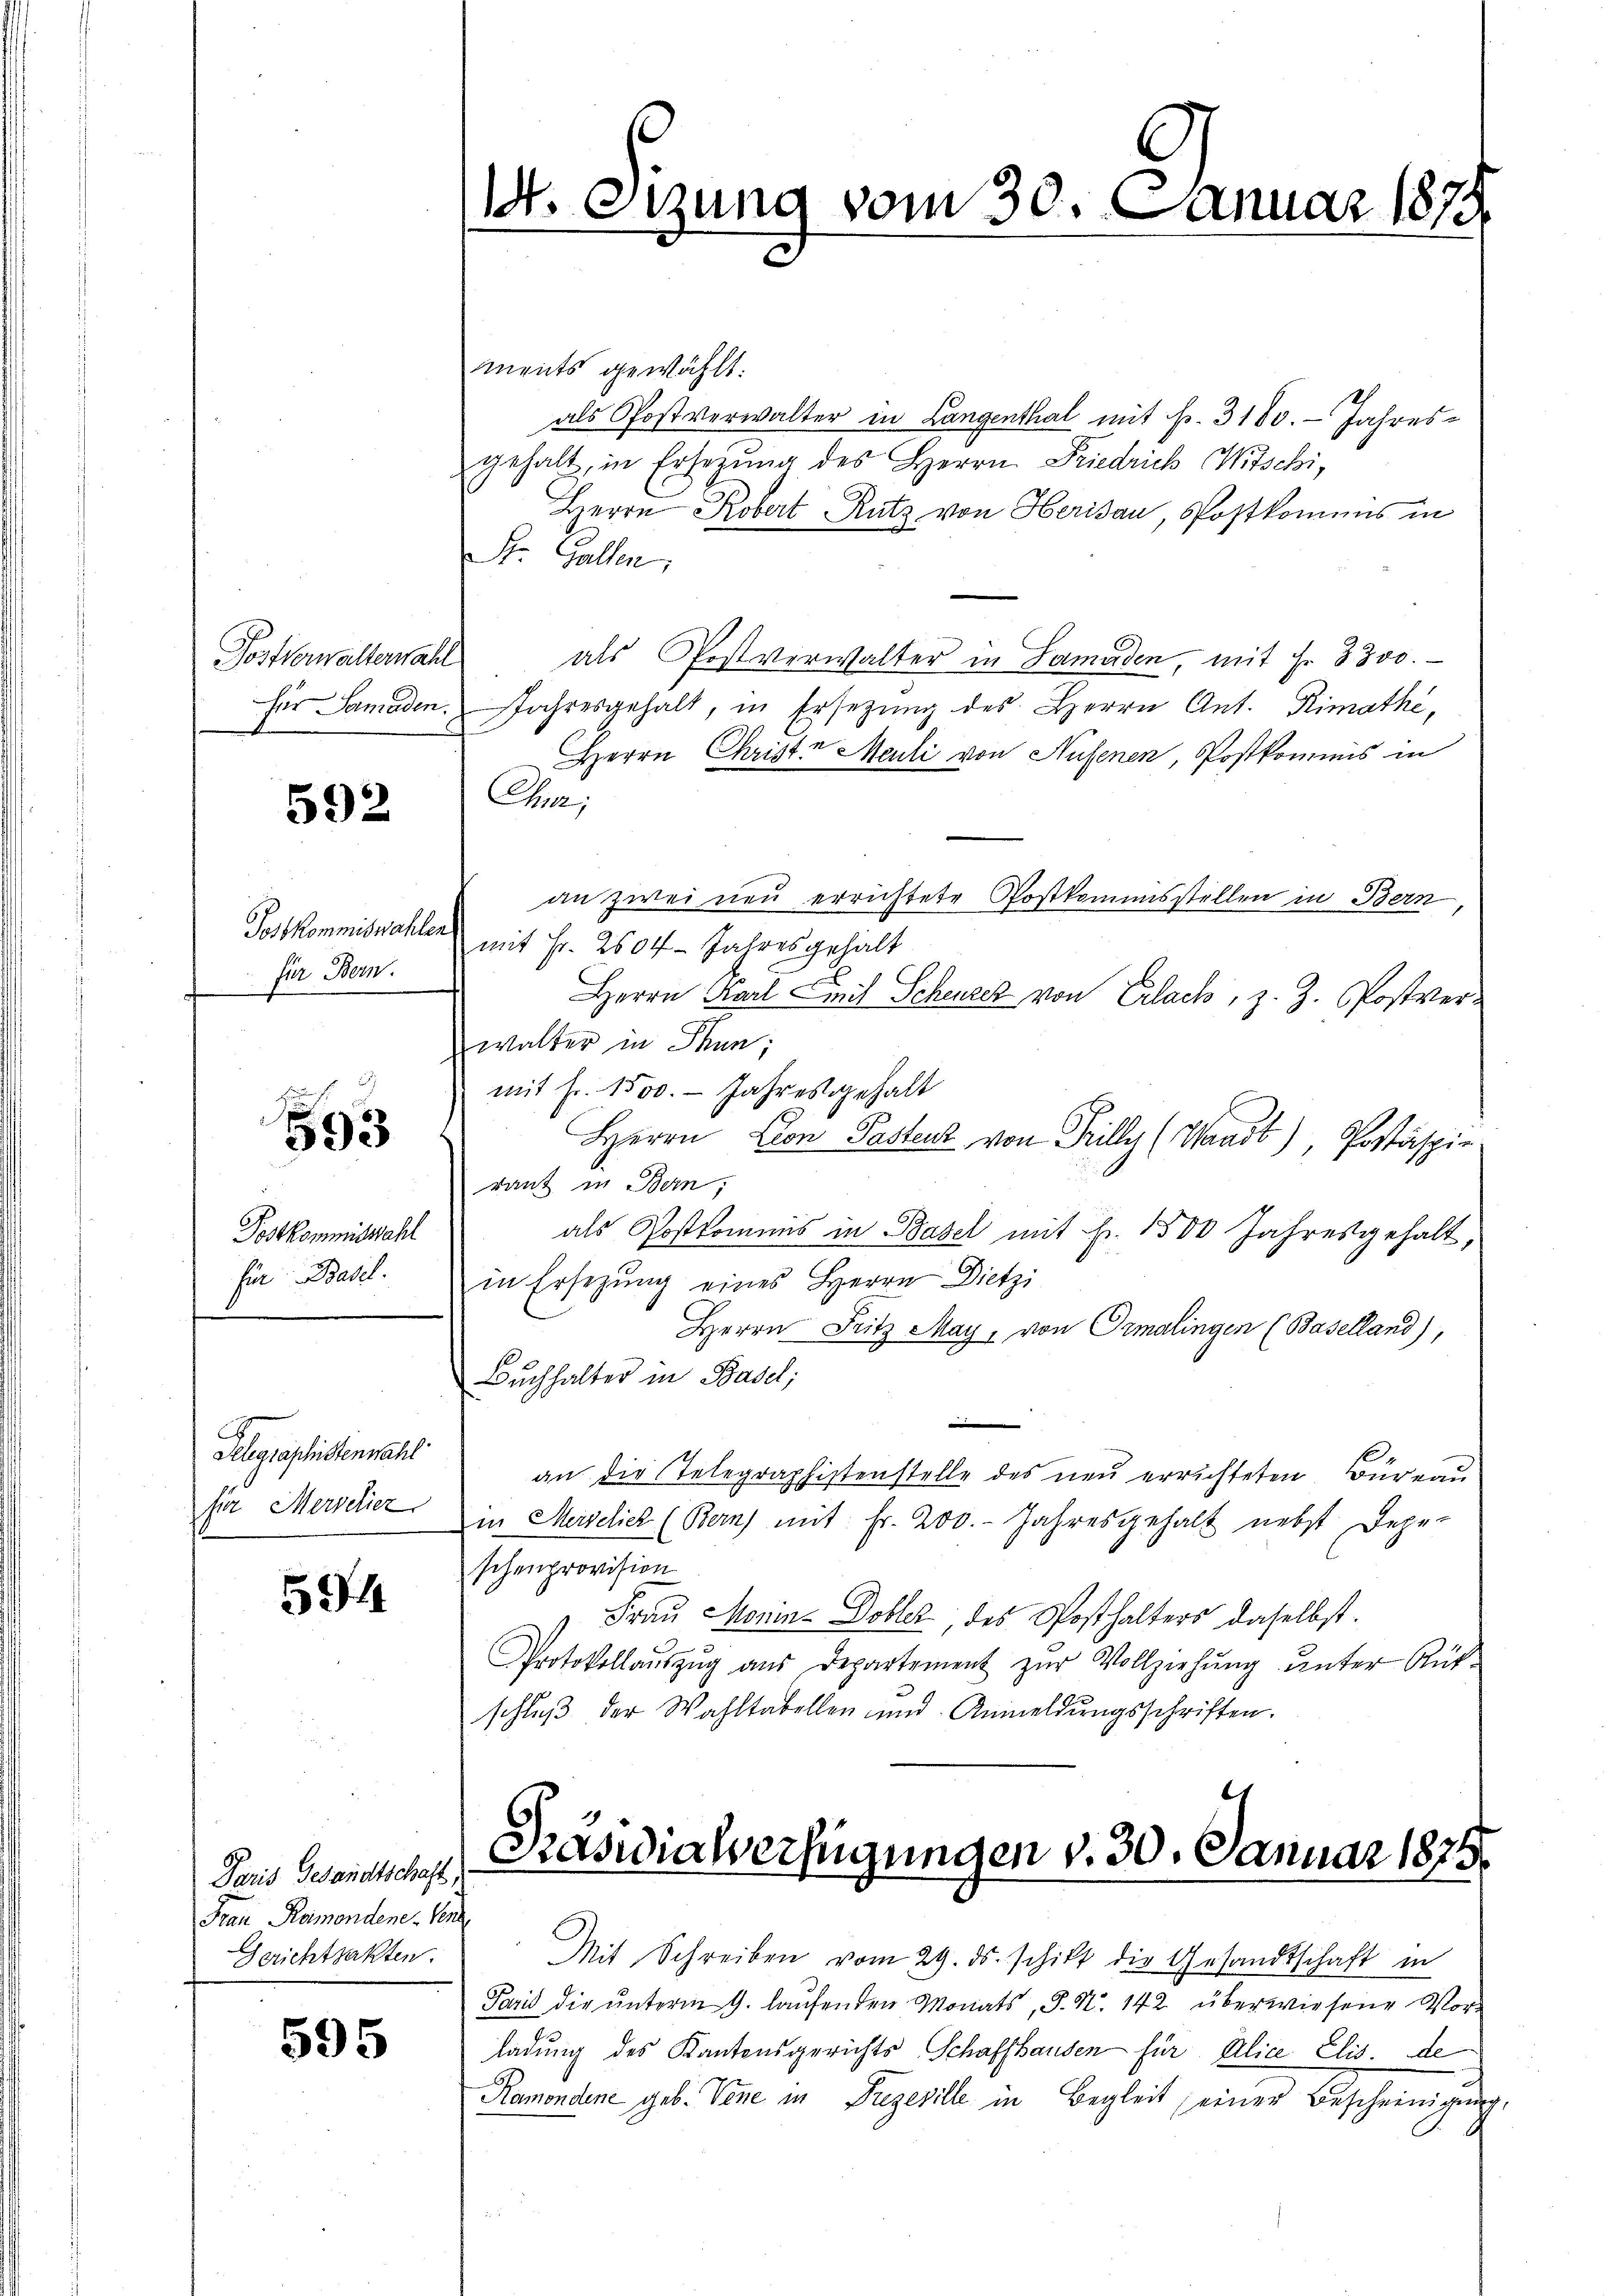
Postverwalterwahl

592

Postkommiswahlen
für Bern.

f 24
593

Postkommiswahl
für Basel.

Delegraphistenwahl
fier Merselier

594

Paris Gesandtschaft,
Frau Ramondene Verz
Gerichtsakten.

595

ments gewählt:
als Postverwalter in Langenthal mit Fr. 3180. Jahresgehalt, in Ersezung des Herrn Friedrich Mitschi,
Herrn Robert Rutz von Herisau, Postkomens in
St. Gallen,
als Postverwalter in Samaden, mit Fr. 3300.
her Samaden Jahresgehalt, in Ersetzŭng des Herrn Ant. Rimathe,
Herrn Christe Meili von Aufenen, Postkommis in
Cher;
an zwei neu errichtete Postkommisstellen in Bern,
mit Fr. 2504. Jahresgehalt
Herrn Karl Liech Scheurez von Erlach, z. Z. Postver-
walter in Thun,
mit Fr. 1500. - Jahresgehalt
Herrn Con Pastenz von Grilly (Waadt), Postspie
rant in Bern,
als Postkommis in Basel mit Fr. 1500 Jahresgehalt,
in Ersetzŭng eines Herrn Dietzi
Herrn Fritz May, von Ormalingen (Baselland),
Bŭchhalter in Basel;
an die Telegraphistenstelle des neu errichteten Büreau
in Marschier (Bern) mit fr. 200. Jahresgehalt nebst Depe-
schenprovision
Frau Monin-Dobler, des Posthalters daselbst.
Protokollaŭszŭg aŭs Departement zŭr Vollziehŭng ŭnter Rükschlŭβ der Wahltabellen und Anmeldŭngsschriften.

1. etzung vom 30. Januar 1875

Baswialverfügungen v. 30. Januar 1879.

Mit Schreiben vom 29. ds. schikt die Gesandtschaft in
Paris die unterm 9. laufenden Monats, S. N. 142 überwiesene Vor-
ladung des Kantonsgerichts Schaffhausen für Alice Elis. de
Ramondene geb. Vene in Prezeville in Begleit seiner Bescheinigung.